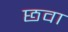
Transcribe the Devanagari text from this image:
छवा